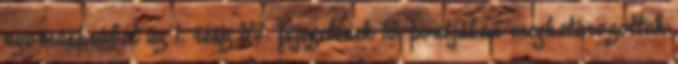
nyomáspróbát az 1. rész VI. fejezetének 10. pontjában meghatározottak